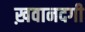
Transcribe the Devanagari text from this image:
ख़वानदगी